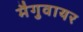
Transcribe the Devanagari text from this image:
मैगुवायर